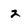
Character: z